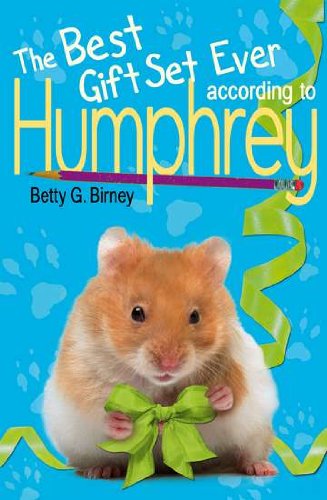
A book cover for Humphrey Box Set (3 Books); Betty G. Birney; Children's Books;